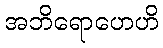
အဘိရောဟေဟိ